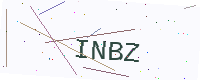
Text: INBZ